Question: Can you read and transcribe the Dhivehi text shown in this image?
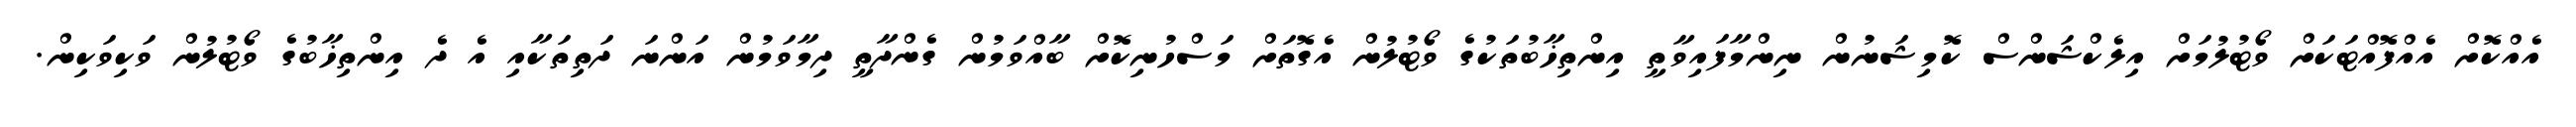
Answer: އެއްކޮށް އެއްފޮއްޓަކަށް ވޯޓުލުމަށް އިލެކްޝަންސް ކޮމިޝަނުން ނިންމާފައިވާތީ އިންތިޚާބުތަކުގެ ވޯޓުލުން އެގޮތަށް މަސްހުނިކޮށް ބާއްވަމުން ގެންދާތީ ދިމާވަމުން އަންނަ ދަތިތަކާއި އެ ދެ އިންތިޚާބުގެ ވޯޓުލުން ވަކިވަކިން.